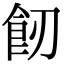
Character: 𩚒